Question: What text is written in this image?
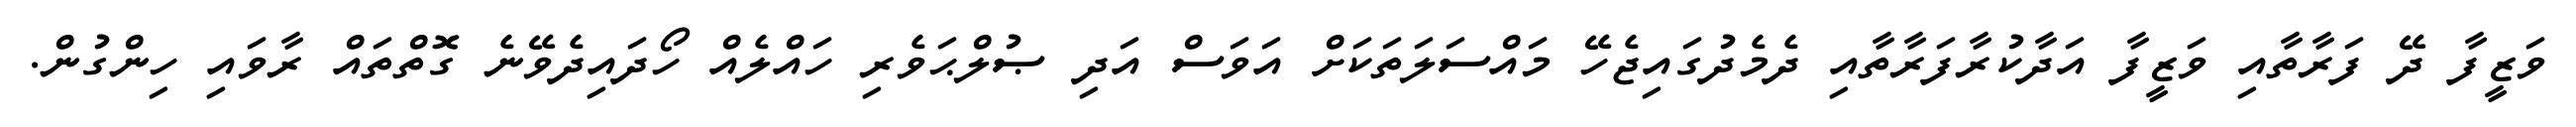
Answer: ވަޒީފާ ދޭ ފަރާތާއި ވަޒީފާ އަދާކުރާފަރާތާއި ދެމެދުގައިޖެހޭ މައްސަލަތަކަށް އަވަސް އަދި ޞުލްޙަވެރި ހައްލެއް ހޯދައިދެވޭނެ ގޮތްތައް ރާވައި ހިންގުން.